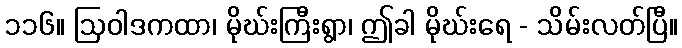
၁၁၆။ ဩဝါဒကထာ၊ မိုဃ်းကြီးရွာ၊ ဤခါ မိုဃ်းရေ - သိမ်းလတ်ပြီ။